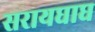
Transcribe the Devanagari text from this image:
सरायघाघ